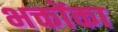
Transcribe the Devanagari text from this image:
भक्तोंका